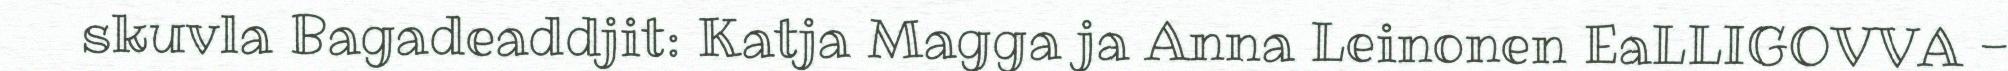
skuvla Bagadeaddjit: Katja Magga ja Anna Leinonen EaLLIGOVVA -